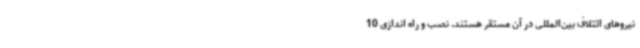
نیروهای ائتلاف بین‌المللی در آن مستقر هستند. نصب و راه اندازی 10